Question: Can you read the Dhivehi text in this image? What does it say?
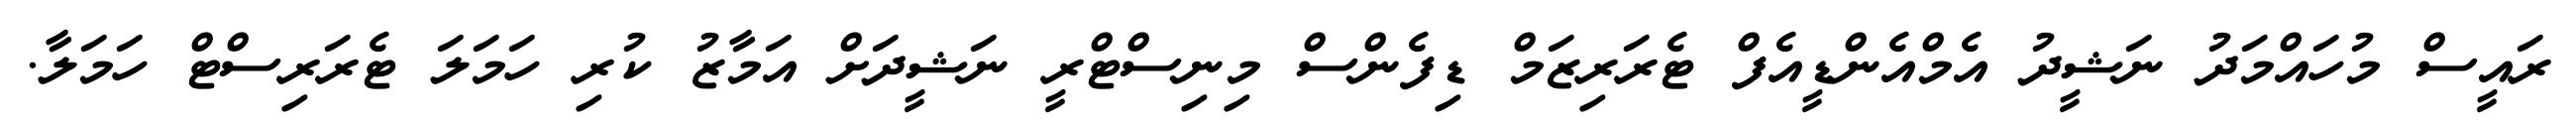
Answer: ރައީސް މުހައްމަދު ނަޝީދު އެމްއެންޑީއެފް ޓެރަރިޒަމް ޑިފެންސް މިނިސްޓްރީ ނަޝީދަށް އަމާޒު ކުރި ހަމަލަ ޓެރަރިސްޓް ހަމަލާ.